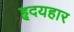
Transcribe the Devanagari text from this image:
हृदयहार